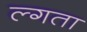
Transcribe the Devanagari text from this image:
ल्गता